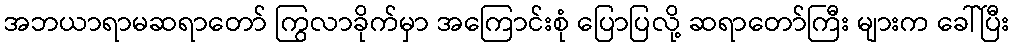
အဘယာရာမဆရာတော် ကြွလာခိုက်မှာ အကြောင်းစုံ ပြောပြလို့ ဆရာတော်ကြီး များက ခေါ်ပြီး